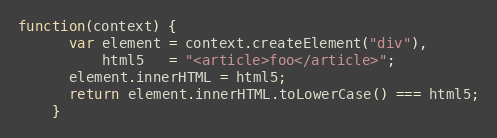
Language: JavaScript
function(context) {
      var element = context.createElement("div"),
          html5   = "<article>foo</article>";
      element.innerHTML = html5;
      return element.innerHTML.toLowerCase() === html5;
    }